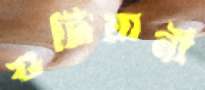
গুটিয়ানী